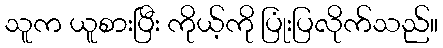
သူက ယူစားပြီး ကိုယ့်ကို ပြုံးပြလိုက်သည်။